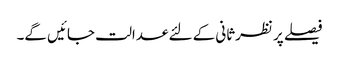
فیصلے پر نظرثانی کے لئے عدالت جائیں گے۔